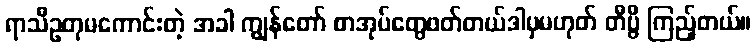
ရာသီဥတုမကောင်းတဲ့ အခါ ကျွန်တော် စာအုပ်တွေဖတ်တယ်ဒါမှမဟုတ် တီဗွီ ကြည့်တယ်။